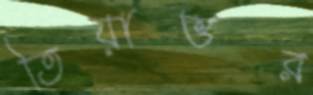
তিয়াত্তর